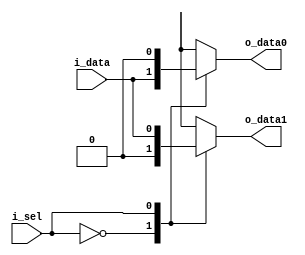
module demux_1to2 (
    input wire i_data,
    input wire i_sel,
    output reg o_data0,
    output reg o_data1
);

always @(i_data, i_sel)
begin
    case (i_sel)
        0: begin
            o_data0 <= i_data;
            o_data1 <= 1'b0;
        end
        1: begin
            o_data0 <= 1'b0;
            o_data1 <= i_data;
        end
    endcase
end

endmodule